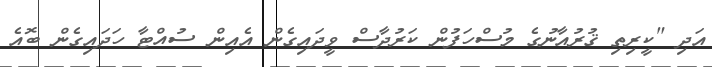
އަދި "ކީރިތި ޤުރުއާނުގެ މުސްހަފުން ކަރުދާސް ވީދައިގެން އެއިން ސުއްޓާ ހަދައިގެން ބޮއެ